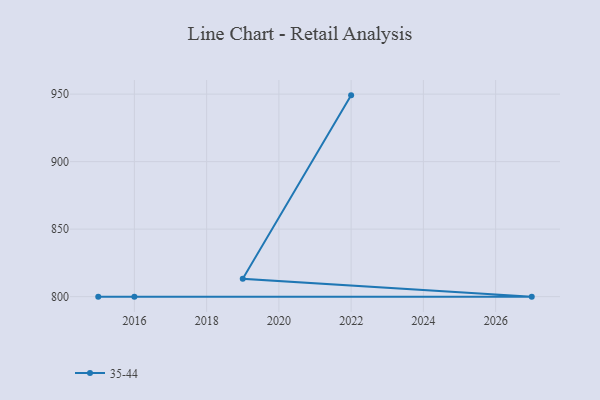
{"axis": {"x": "Year", "y": "Website Visitors"}, "legend": ["35-44"], "data": [{"x": "2022", "y": 949.1, "type": "35-44"}, {"x": "2019", "y": 813.2, "type": "35-44"}, {"x": "2027", "y": 800, "type": "35-44"}, {"x": "2016", "y": 800, "type": "35-44"}, {"x": "2015", "y": 800, "type": "35-44"}]}